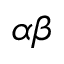
\alpha \beta